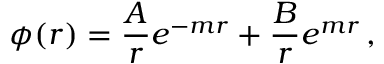
\phi ( r ) = \frac A r e ^ { - m r } + \frac B r e ^ { m r } \, ,